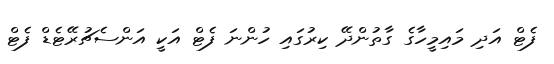
ފެޓް އަދި މައިމީހާގެ ގާތުންދޭ ކިރުގައި ހުންނަ ފެޓް އަކީ އަންސެޗުރޭޓެޑް ފެޓް